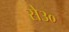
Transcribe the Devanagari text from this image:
से३०